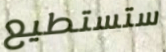
ستستطيع